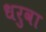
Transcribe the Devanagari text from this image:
धरुवा